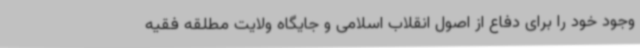
وجود خود را برای دفاع از اصول انقلاب اسلامی و جایگاه ولایت مطلقه فقیه